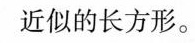
近似的长方形。